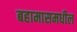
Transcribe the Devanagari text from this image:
बहामासमधील